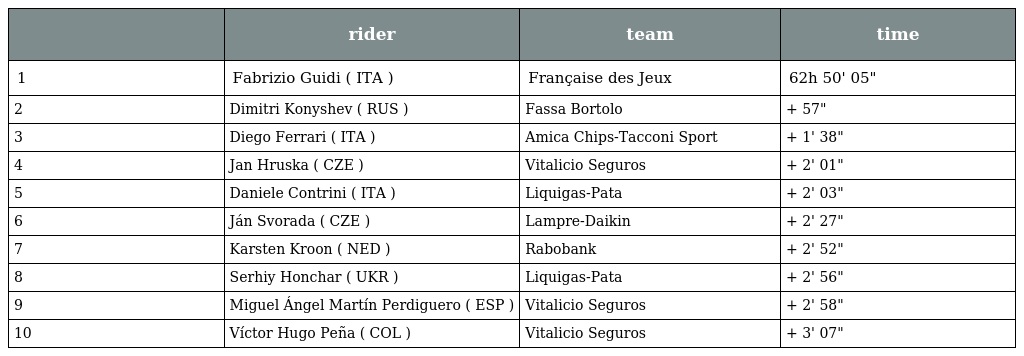
|  | rider | team | time |
 | --- | --- | --- | --- |
 | 1 | Fabrizio Guidi ( ITA ) | Française des Jeux | 62h 50' 05" |
 | 2 | Dimitri Konyshev ( RUS ) | Fassa Bortolo | + 57" |
 | 3 | Diego Ferrari ( ITA ) | Amica Chips-Tacconi Sport | + 1' 38" |
 | 4 | Jan Hruska ( CZE ) | Vitalicio Seguros | + 2' 01" |
 | 5 | Daniele Contrini ( ITA ) | Liquigas-Pata | + 2' 03" |
 | 6 | Ján Svorada ( CZE ) | Lampre-Daikin | + 2' 27" |
 | 7 | Karsten Kroon ( NED ) | Rabobank | + 2' 52" |
 | 8 | Serhiy Honchar ( UKR ) | Liquigas-Pata | + 2' 56" |
 | 9 | Miguel Ángel Martín Perdiguero ( ESP ) | Vitalicio Seguros | + 2' 58" |
 | 10 | Víctor Hugo Peña ( COL ) | Vitalicio Seguros | + 3' 07" |